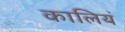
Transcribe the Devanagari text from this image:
कालियं